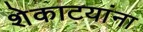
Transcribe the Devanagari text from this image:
शेकाटयांना